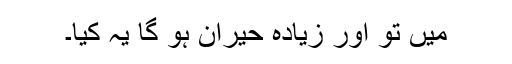
میں تو اور زیادہ حیران ہو گا یہ کیا۔